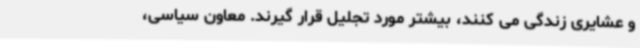
و عشایری زندگی می کنند، بیشتر مورد تجلیل قرار گیرند. معاون سیاسی،